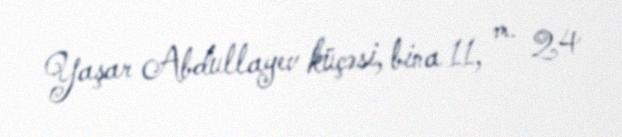
Yaşar Abdullayev küçəsi, bina 11, m. 24